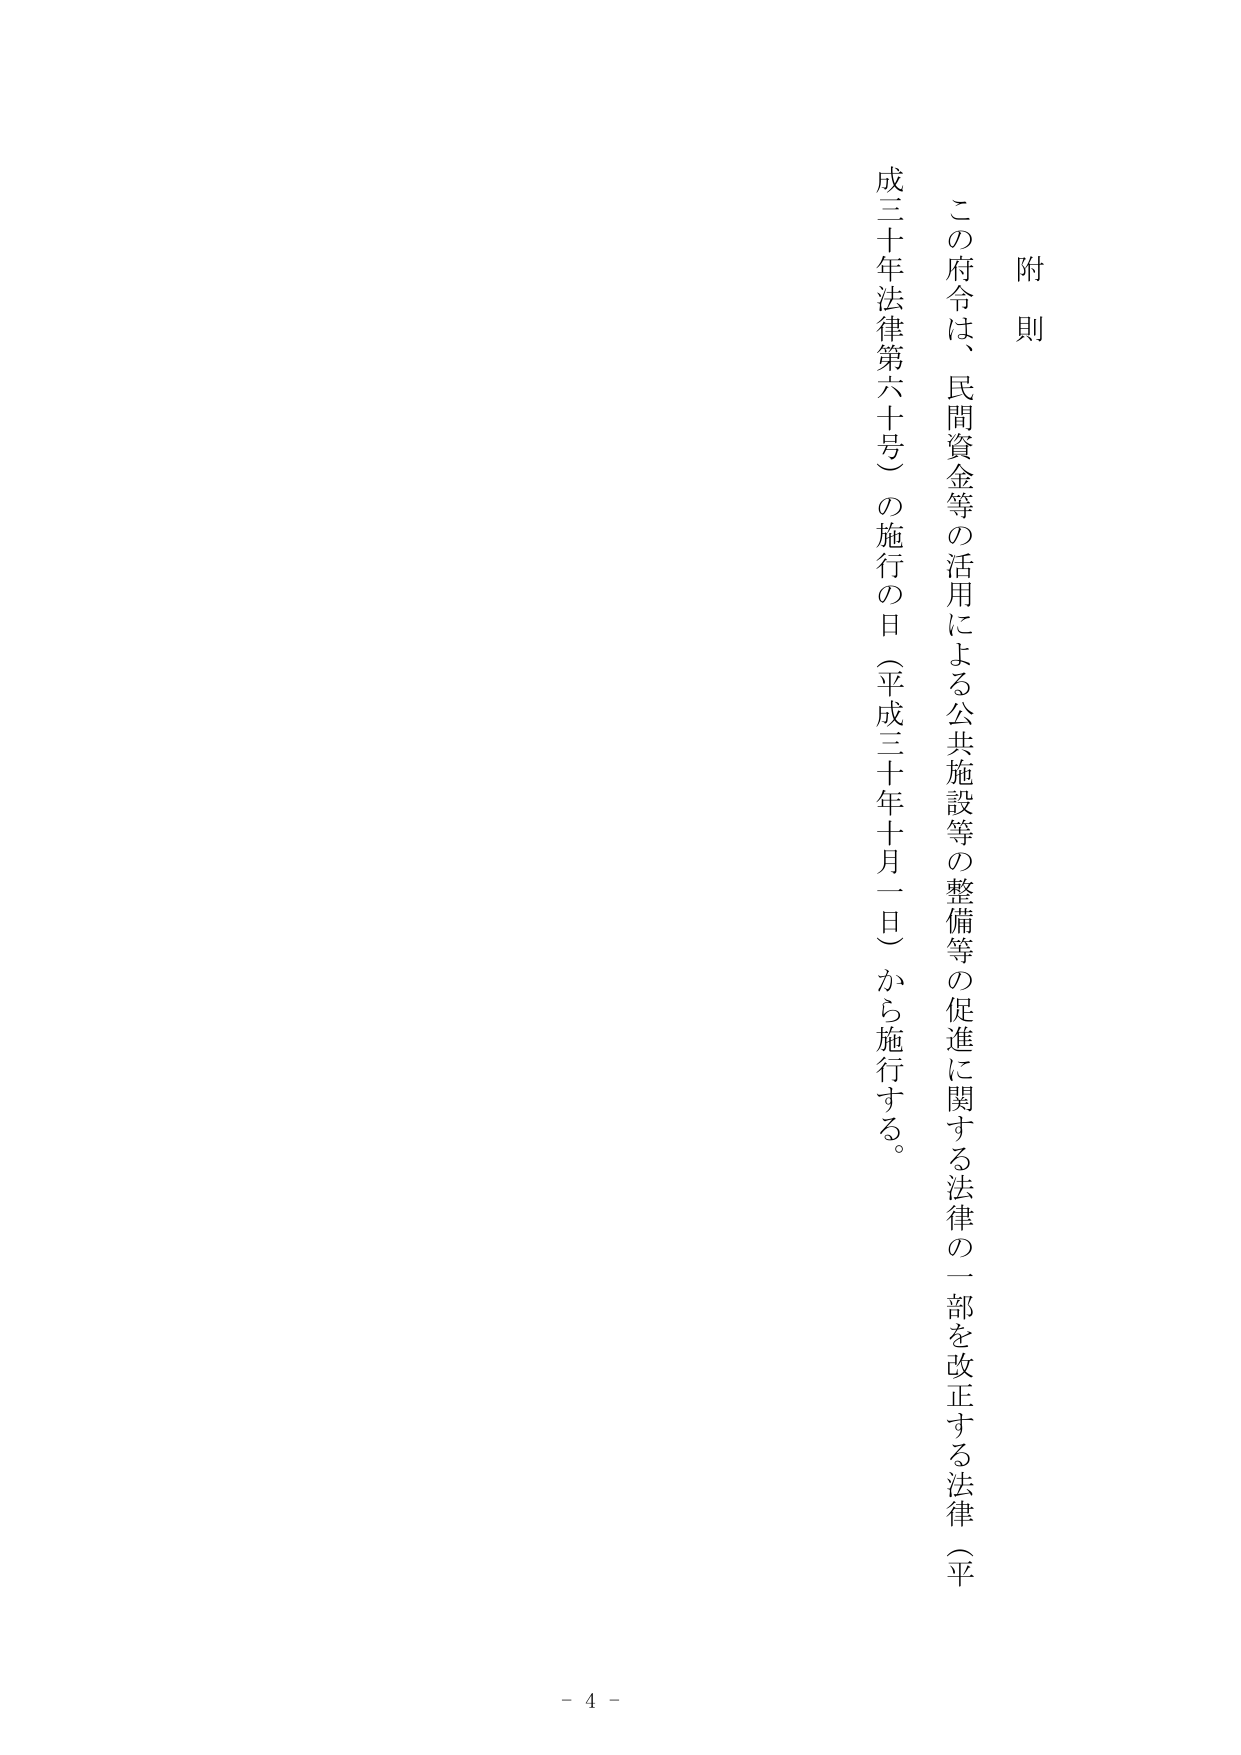
附則

この府令は、民間資金等の活用による公共施設等の整備等の促進に関する法律の一部を改正する法律（平成三十年法律第六十号）の施行の日（平成三十年十月一日）から施行する。

- 4 -